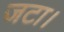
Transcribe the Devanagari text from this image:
जटा।